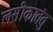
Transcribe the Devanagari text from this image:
लसीकातंतु